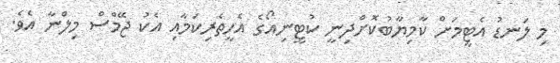
މި ލަނޑު އެޓީމަށް ކާމިޔާބުކޮށްދިނީ ކުޓީނިއޯގެ އެހީތެރިކަމާއި އެކު ޖޭމްސް މިލްނާ އެވެ.